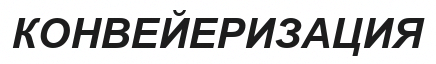
КОНВЕЙЕРИЗАЦИЯ